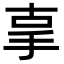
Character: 𢪿